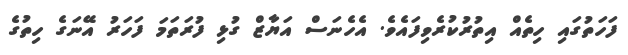
ފަހަތުގައި ހިތެއް އިތުރުކުރެވިފައެވެ. އެހެނަސް އަޔާޒް ގުޅި ފުރަތަމަ ފަހަރު އޭނަގެ ހިތުގެ